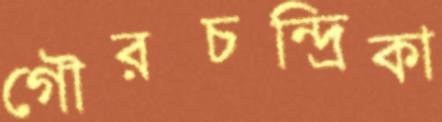
গৌরচন্দ্রিকা